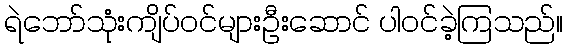
ရဲဘော်သုံးကျိပ်ဝင်များဦးဆောင် ပါဝင်ခဲ့ကြသည်။